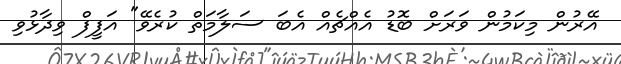
އޭރުން މިކަމުން ވަރަށް ބޮޑު އެއްޗެއް އެބަ ސަލާމަތް ކުރެވޭ" އަފީފް ވިދާޅުވި